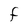
Character: F